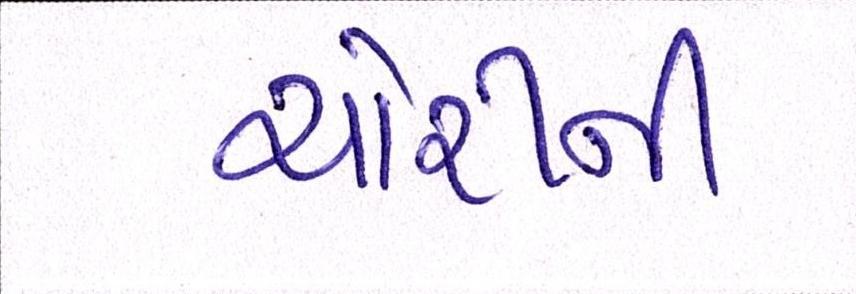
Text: ચોરીની